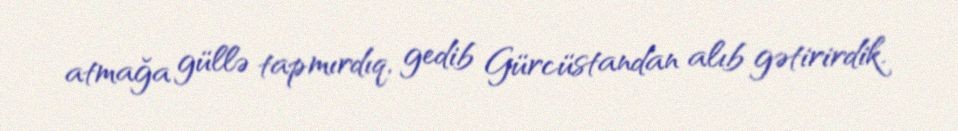
atmağa güllə tapmırdıq, gedib Gürcüstandan alıb gətirirdik.